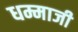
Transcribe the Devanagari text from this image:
धम्माजी